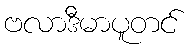
ဗလာဒီမာပူတင်